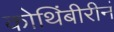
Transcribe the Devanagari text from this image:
कोथिंबीरीनं